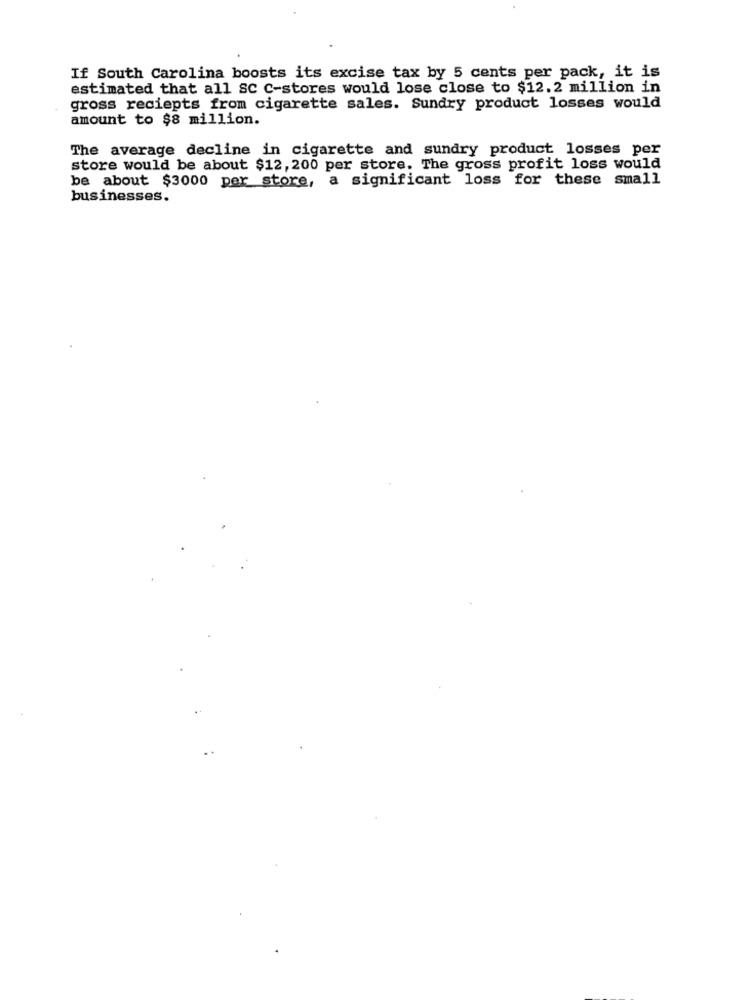
If South Carolina boosts its excise tax by 5 cents per pack, it is
estimated that all SC C-stores would lose close to $12.2 million in
gross reciepts from cigarette sales. Sundry product losses would
amount to $8 million.
The average decline in cigarette and sundry product losses per
store would be about $12, 200 per store. The gross profit loss would
be about $3000 per store, a significant loss for these small
businesses.